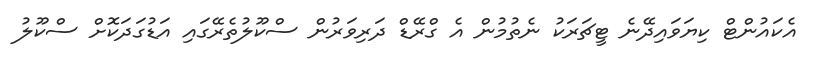
އެކައުންޓް ކިޔަވައިދޭނެ ޓީޗަރަކު ނެތުމުން އެ ގްރޭޑް ދަރިވަރުން ސްކޫލުތެރޭގައި އަޑުގަދަކޮށް ސްކޫލު